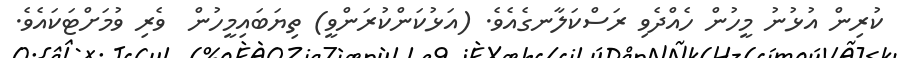
ކުރިން އުޅުނު މީހުން ހެއްދެވި ރަސްކަލާނގެއެވެ. (އަޅުކަންކުރަންވީ) ތިޔަބައިމީހުން  ވެރި ވުމަށްޓަކައެވެ.